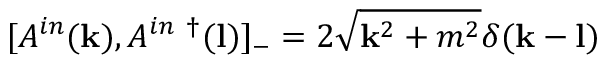
[ A ^ { i n } ( { \bf k } ) , A ^ { i n ~ \dagger } ( { \bf l } ) ] _ { - } = 2 \sqrt { { \bf k } ^ { 2 } + m ^ { 2 } } \delta ( { \bf k } - { \bf l } )